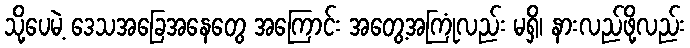
သို့ပေမဲ့ ဒေသအခြေအနေတွေ အကြောင်း အတွေ့အကြုံလည်း မရှိ၊ နားလည်ဖို့လည်း